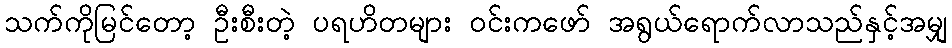
သက်ကိုမြင်တော့ ဦးစီးတဲ့ ပရဟိတများ ဝင်းကဖော် အရွယ်ရောက်လာသည်နှင့်အမျှ